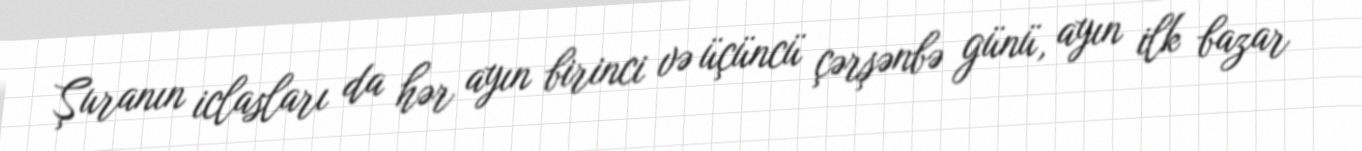
Şuranın iclasları da hər ayın birinci və üçüncü çərşənbə günü, ayın ilk bazar